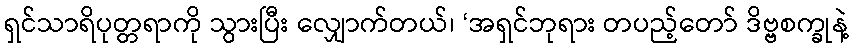
ရှင်သာရိပုတ္တရာကို သွားပြီး လျှောက်တယ်၊ ‘အရှင်ဘုရား တပည့်တော် ဒိဗ္ဗစက္ခုနဲ့